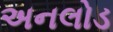
અનલોડ